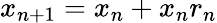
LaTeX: x_{n+1}=x_{n}+x_{n}r_{n}